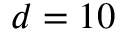
d = 1 0 \,